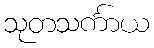
သုတသင်္ကာယ